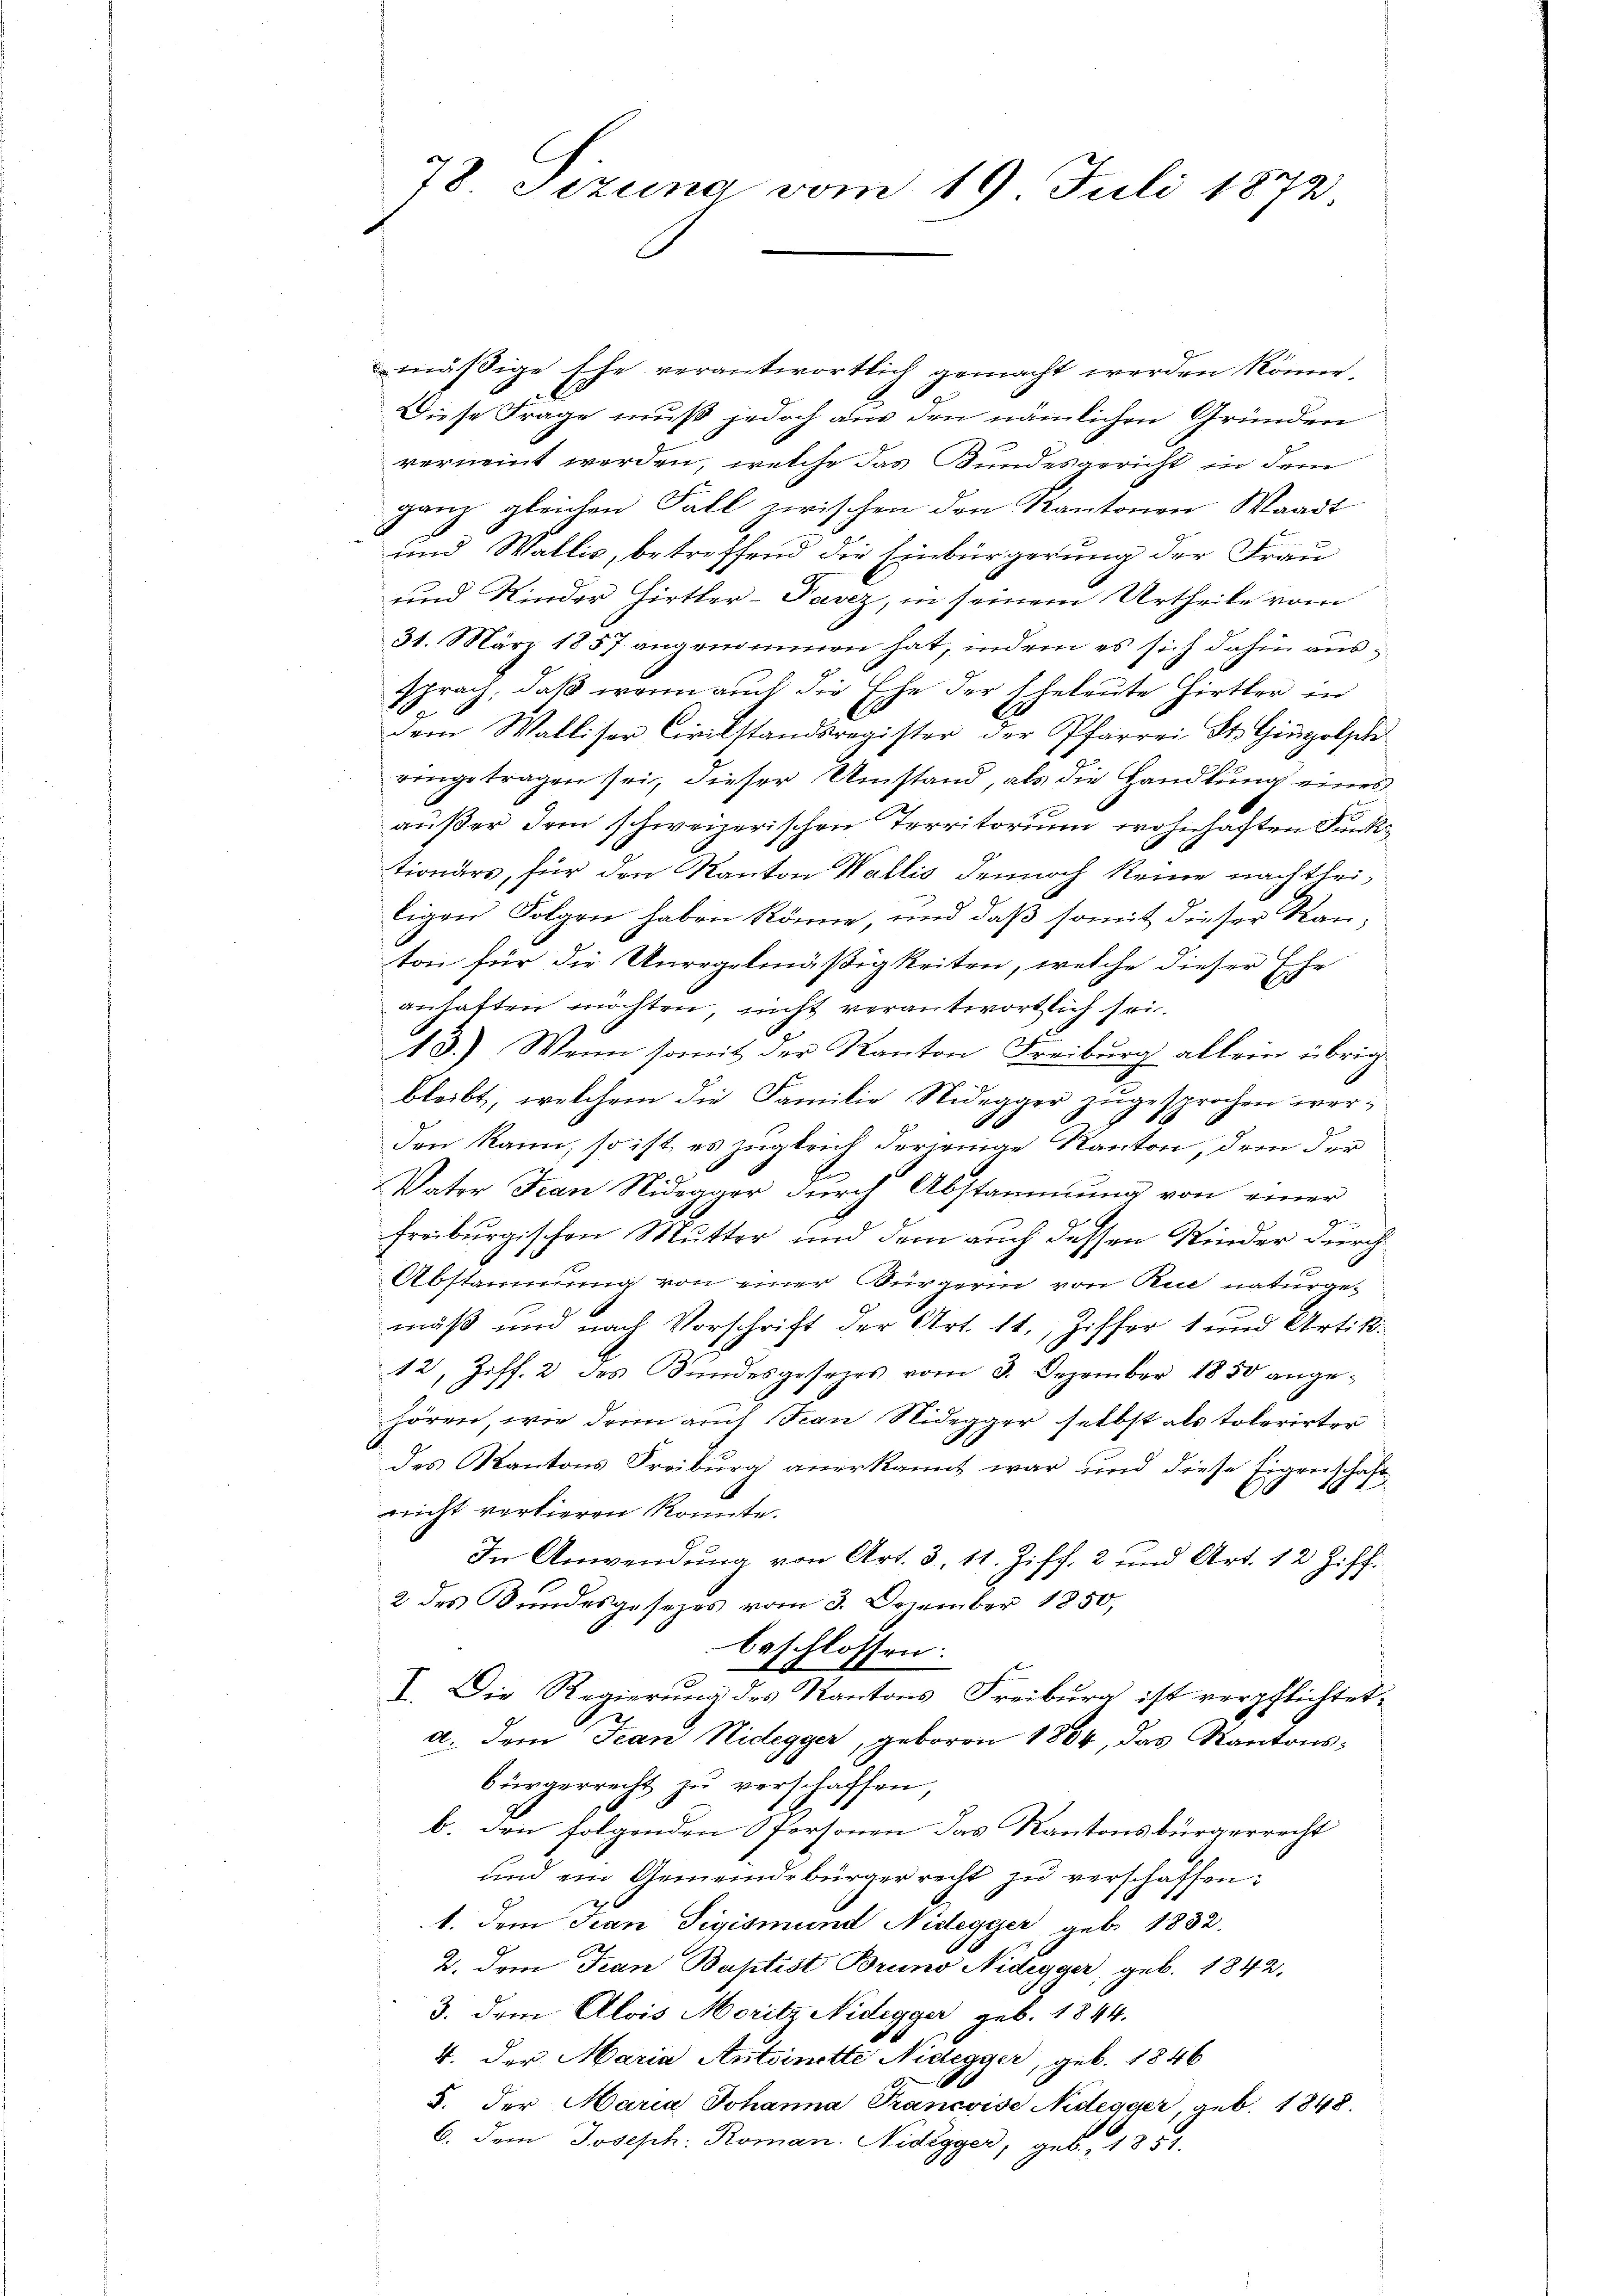
78 Tizung vom 19. Juli 1873

mäßige Ehe verantwortlich gemacht werden könne.
Diese Frage muß jedoch aus den nämlichen Gründen
verneint worden, welche das Bundesgericht in dem
ganz gleichen Fall zwischen den Kantonen Waadt
und Wallis, betreffend die Einbürgerung der Frau
und Kinder Hirtler-Pavez, in seinem Urtheile vom
31. März 1857 angenommen hat, indem es sich dahin aussprach, daß wenn auch die Ehe der Eheleute Hirter in
dem Walliser Civilstandsregister der Pfarrei St. Gingolsch
ringetragen sei, dieser Umstand, als die Handlung eines
außer dem schweizerischen Territorium wohnhaften Funktionärs, für den Kanton Wallis dennoch keine nachtheiligen Folgen haben könne, und daß somit dieser Kanton für die Unregelmäßigkeiten, welche dieser Ehe
anhaften möchten, nicht verantwortlich sei¬
18.) Wenn somit der Kanton Freiburg allein übrig
bleibt, welchem die Familie Nidegger zugesprochen worden kann, so ist es zugleich derjenige Kanton, dem der
Vater Frau Nidegger durch Abstammung von einer
Gr
freiburgischen Mutter und dem auch dessen Kinder durch¬
Abstammung von einer Bürgerin von Rue naturgemäß und nach Vorschrift der Art. 11., Ziffer 1 und Artik.
12, Ziff. 2 des Bundesgesetzes vom 3. Dezember 1850 angehören, wie dann auch Frau Nidegger selbst als toterirter
des Kantons Freiburg anerkannt war und diese Eigenschaft
nicht verbieren konnte.
In Anwendung von Art. 3 11. Ziff. 2 und Art. 12 Ziff.
2 des Bundesgesezes vom 3. Dezember 1850,
beschlossen:
I. Die Regierung des Kantons Freiburg ist verpflichtet,
a. Dem Jean Nidegger, geboren 1804, das Kantonsbürgerrecht zŭ verschaffen,
b. den folgenden Spersonen das Kantonsbürgerrecht
und ein Gemeindebürger recht zŭ verschaffen:
1. dem Jean Tigismund Nidegger, geb. 1832.
2. Dem Tran Baptist Bruno Nidegger, geb. 1842.
3. dem Alois Moritz Nidegger geb. 1844.
4. Der Maria Antoinette Nidegger, geb. 1846
5. der Maria Johanna Trancoise Nidegger, geb. 1848.
6. dem Joseph: Roman. Nidegger, geb. 1851.